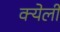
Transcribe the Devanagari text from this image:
क्येली